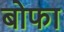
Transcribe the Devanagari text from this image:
बोफा